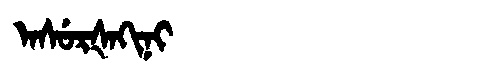
Manchu: ᠠᠰᡠᡵᡧᠠᡴᡳᠨᡳ
Romanization: ASURŠAKINI